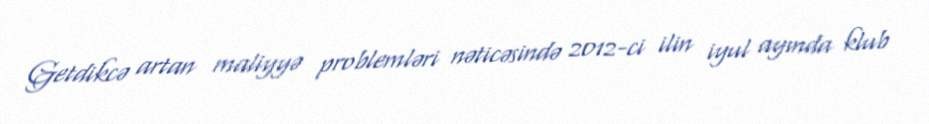
Getdikcə artan maliyyə problemləri nəticəsində 2012-ci ilin iyul ayında klub